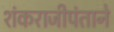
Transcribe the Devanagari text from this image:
शंकराजीपंताने